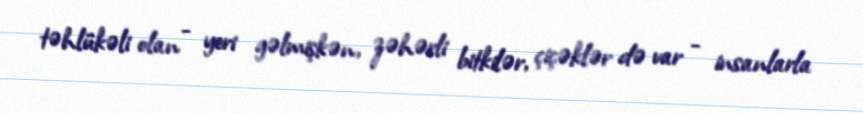
təhlükəli olan - yeri gəlmişkən, zəhərli bitkilər, çiçəklər də var - insanlarla